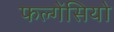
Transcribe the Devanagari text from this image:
फल्गेंसियो